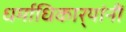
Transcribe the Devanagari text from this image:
धर्माधिकार्‍यांनीं